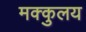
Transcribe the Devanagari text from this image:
मक्कुलय